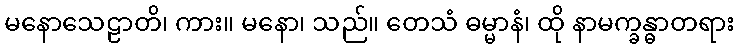
မနောသေဠာတိ၊ ကား။ မနော၊ သည်။ တေသံ ဓမ္မာနံ၊ ထို နာမက္ခန္ဓာတရား